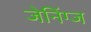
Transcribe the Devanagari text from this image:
जेनिंग्ज